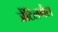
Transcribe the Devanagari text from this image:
जेंटिलमैंस